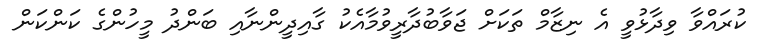
ކުރައްވާ ވިދާޅުވީ އެ ނިޒާމް ތަކަށް ޖަވާބުދާރީވުމާއެކު ގާއިދީންނާއި ބަންދު މީހުންގެ ކަންކަން